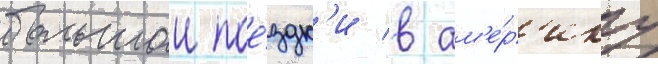
большои пое́здк'и в ам'е́р'ику